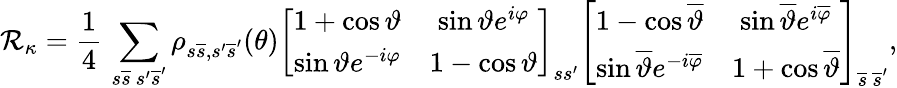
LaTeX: {\cal R}_{\kappa}=\frac{1}{4}\, \sum_{s\overline{{s}}\, s^{\prime}\overline{{s}}^{\prime}}\rho_{s\overline{{s}},s^{\prime}\overline{{s}}^{\prime}}(\theta)\left[\begin{array}{cc}{{1+\cos\vartheta}}&{{\sin\vartheta e^{i\varphi}}}\\ {{\sin\vartheta e^{-i\varphi}}}&{{1-\cos\vartheta}}\end{array}\right]_{ss^{\prime}}\left[\begin{array}{cc}{{1-\cos\overline{{\vartheta}}}}&{{\sin\overline{{\vartheta}}e^{i\overline{{\varphi}}}}}\\ {{\sin\overline{{\vartheta}}e^{-i\overline{{\varphi}}}}}&{{1+\cos\overline{{\vartheta}}}}\end{array}\right]_{\overline{{s}}\, \overline{{s}}^{\prime}},